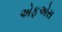
એફએસ